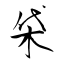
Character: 柋